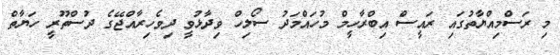
މި ރަސްމިއްޔާތުގައި ރައީސް އިބްރާހީމް މުހައްމަދު ސޯލިހް ވިދާޅުވީ ދިވެހިރާއްޖޭގެ ދުސްތޫރީ ހަޔާތް